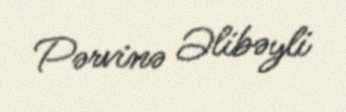
Pərvinə Əlibəyli